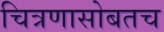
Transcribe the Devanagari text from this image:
चित्रणासोबतच